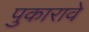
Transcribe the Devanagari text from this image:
पुकारावे